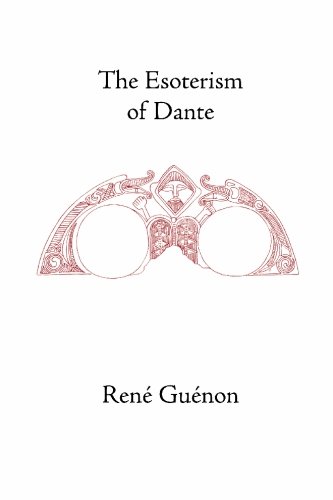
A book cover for The Esoterism of  Dante (Collected Works of Rene Guenon); Rene Guenon; Religion & Spirituality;